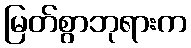
မြတ်စွာဘုရားက